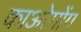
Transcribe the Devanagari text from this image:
काओगोंग